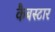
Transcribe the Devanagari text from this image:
कैबस्टार